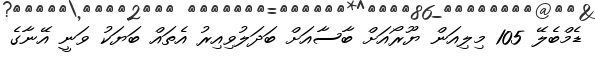
ޑެމްބެލޭ 105 މިލިއަން ޔޫރޯއަށް ބާސާއަށް ބަދަލުވިއިރު އެތައް ބަޔަކު ވަނީ އޭނާގެ